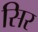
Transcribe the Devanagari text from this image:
सिर